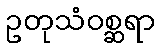
ဥတုသံဝစ္ဆရာ